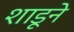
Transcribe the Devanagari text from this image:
शाडूने